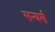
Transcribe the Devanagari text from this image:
सन्घर्श